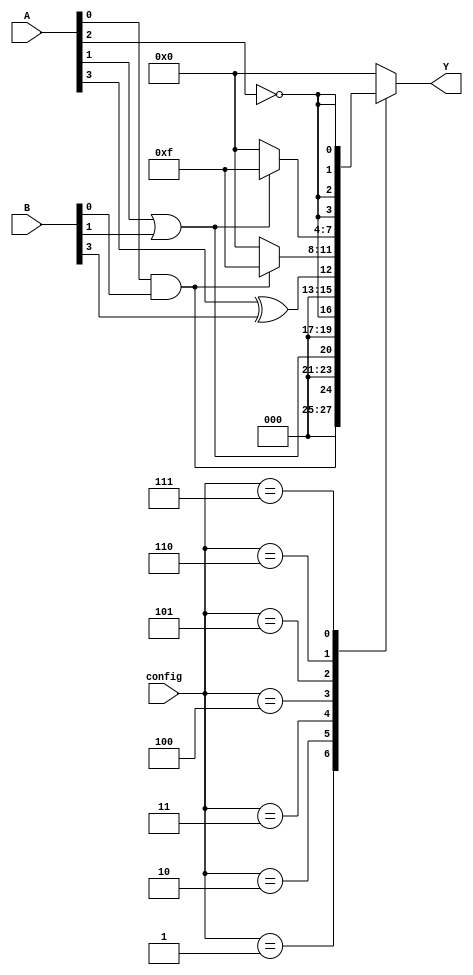
module CLB (
    input [3:0] A,         // 4-bit input
    input [3:0] B,         // 4-bit input
    input [3:0] config,    // Configuration bits for anti-fuse programming
    output reg [3:0] Y      // 4-bit output
);

// Internal signals for logic operations
wire and_out, or_out, not_out, xor_out;

// Logic gates implementation
assign and_out = A[0] & B[0];  // AND gate
assign or_out  = A[1] | B[1];   // OR gate
assign not_out = ~A[2];          // NOT gate
assign xor_out = A[3] ^ B[3];    // XOR gate

// Output logic based on configuration
always @(*) begin
    case (config)
        4'b0001: Y = {3'b000, and_out}; // Output AND result
        4'b0010: Y = {3'b000, or_out};  // Output OR result
        4'b0011: Y = {3'b000, not_out}; // Output NOT result
        4'b0100: Y = {3'b000, xor_out}; // Output XOR result
        4'b0101: Y = and_out ? 4'b1111 : 4'b0000; // Example: AND to all bits
        4'b0110: Y = or_out ? 4'b1111 : 4'b0000;  // Example: OR to all bits
        4'b0111: Y = {not_out, not_out, not_out, not_out}; // NOT to all bits
        default: Y = 4'b0000; // Default case
    endcase
end

endmodule